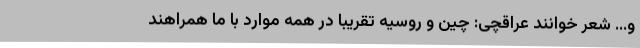
و… شعر خوانند عراقچی: چین و روسیه تقریبا در همه موارد با ما همراهند